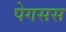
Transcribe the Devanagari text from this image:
पेगसस